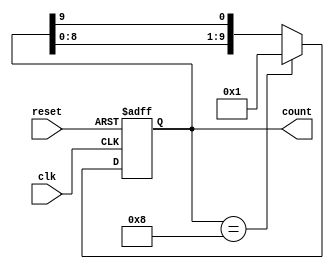
module decade_ring_counter (
    input wire clk,          // Clock input
    input wire reset,        // Asynchronous reset input
    output reg [9:0] count   // 10-bit output representing the counter state
);

    // Initialize the counter to 1 (0000000001)
    initial begin
        count = 10'b0000000001;
    end

    always @(posedge clk or posedge reset) begin
        if (reset) begin
            // Asynchronous reset: set count to 1
            count <= 10'b0000000001;
        end else begin
            // Shift the count to the left and wrap around
            count <= {count[8:0], count[9]};
            // Ensure only one flip-flop is high (if count reaches 10, reset to 1)
            if (count == 10'b0000001000) begin
                count <= 10'b0000000001; // Reset to 1 after reaching 8
            end
        end
    end

endmodule